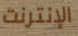
الإنترنت